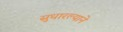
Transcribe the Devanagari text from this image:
सुधारल्याने